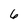
Character: 6